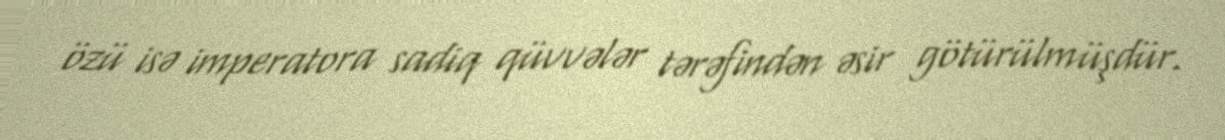
özü isə imperatora sadiq qüvvələr tərəfindən əsir götürülmüşdür.